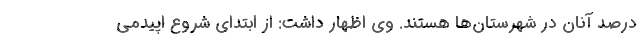
درصد آنان در شهرستان‌ها هستند. وی اظهار داشت: از ابتدای شروع اپیدمی